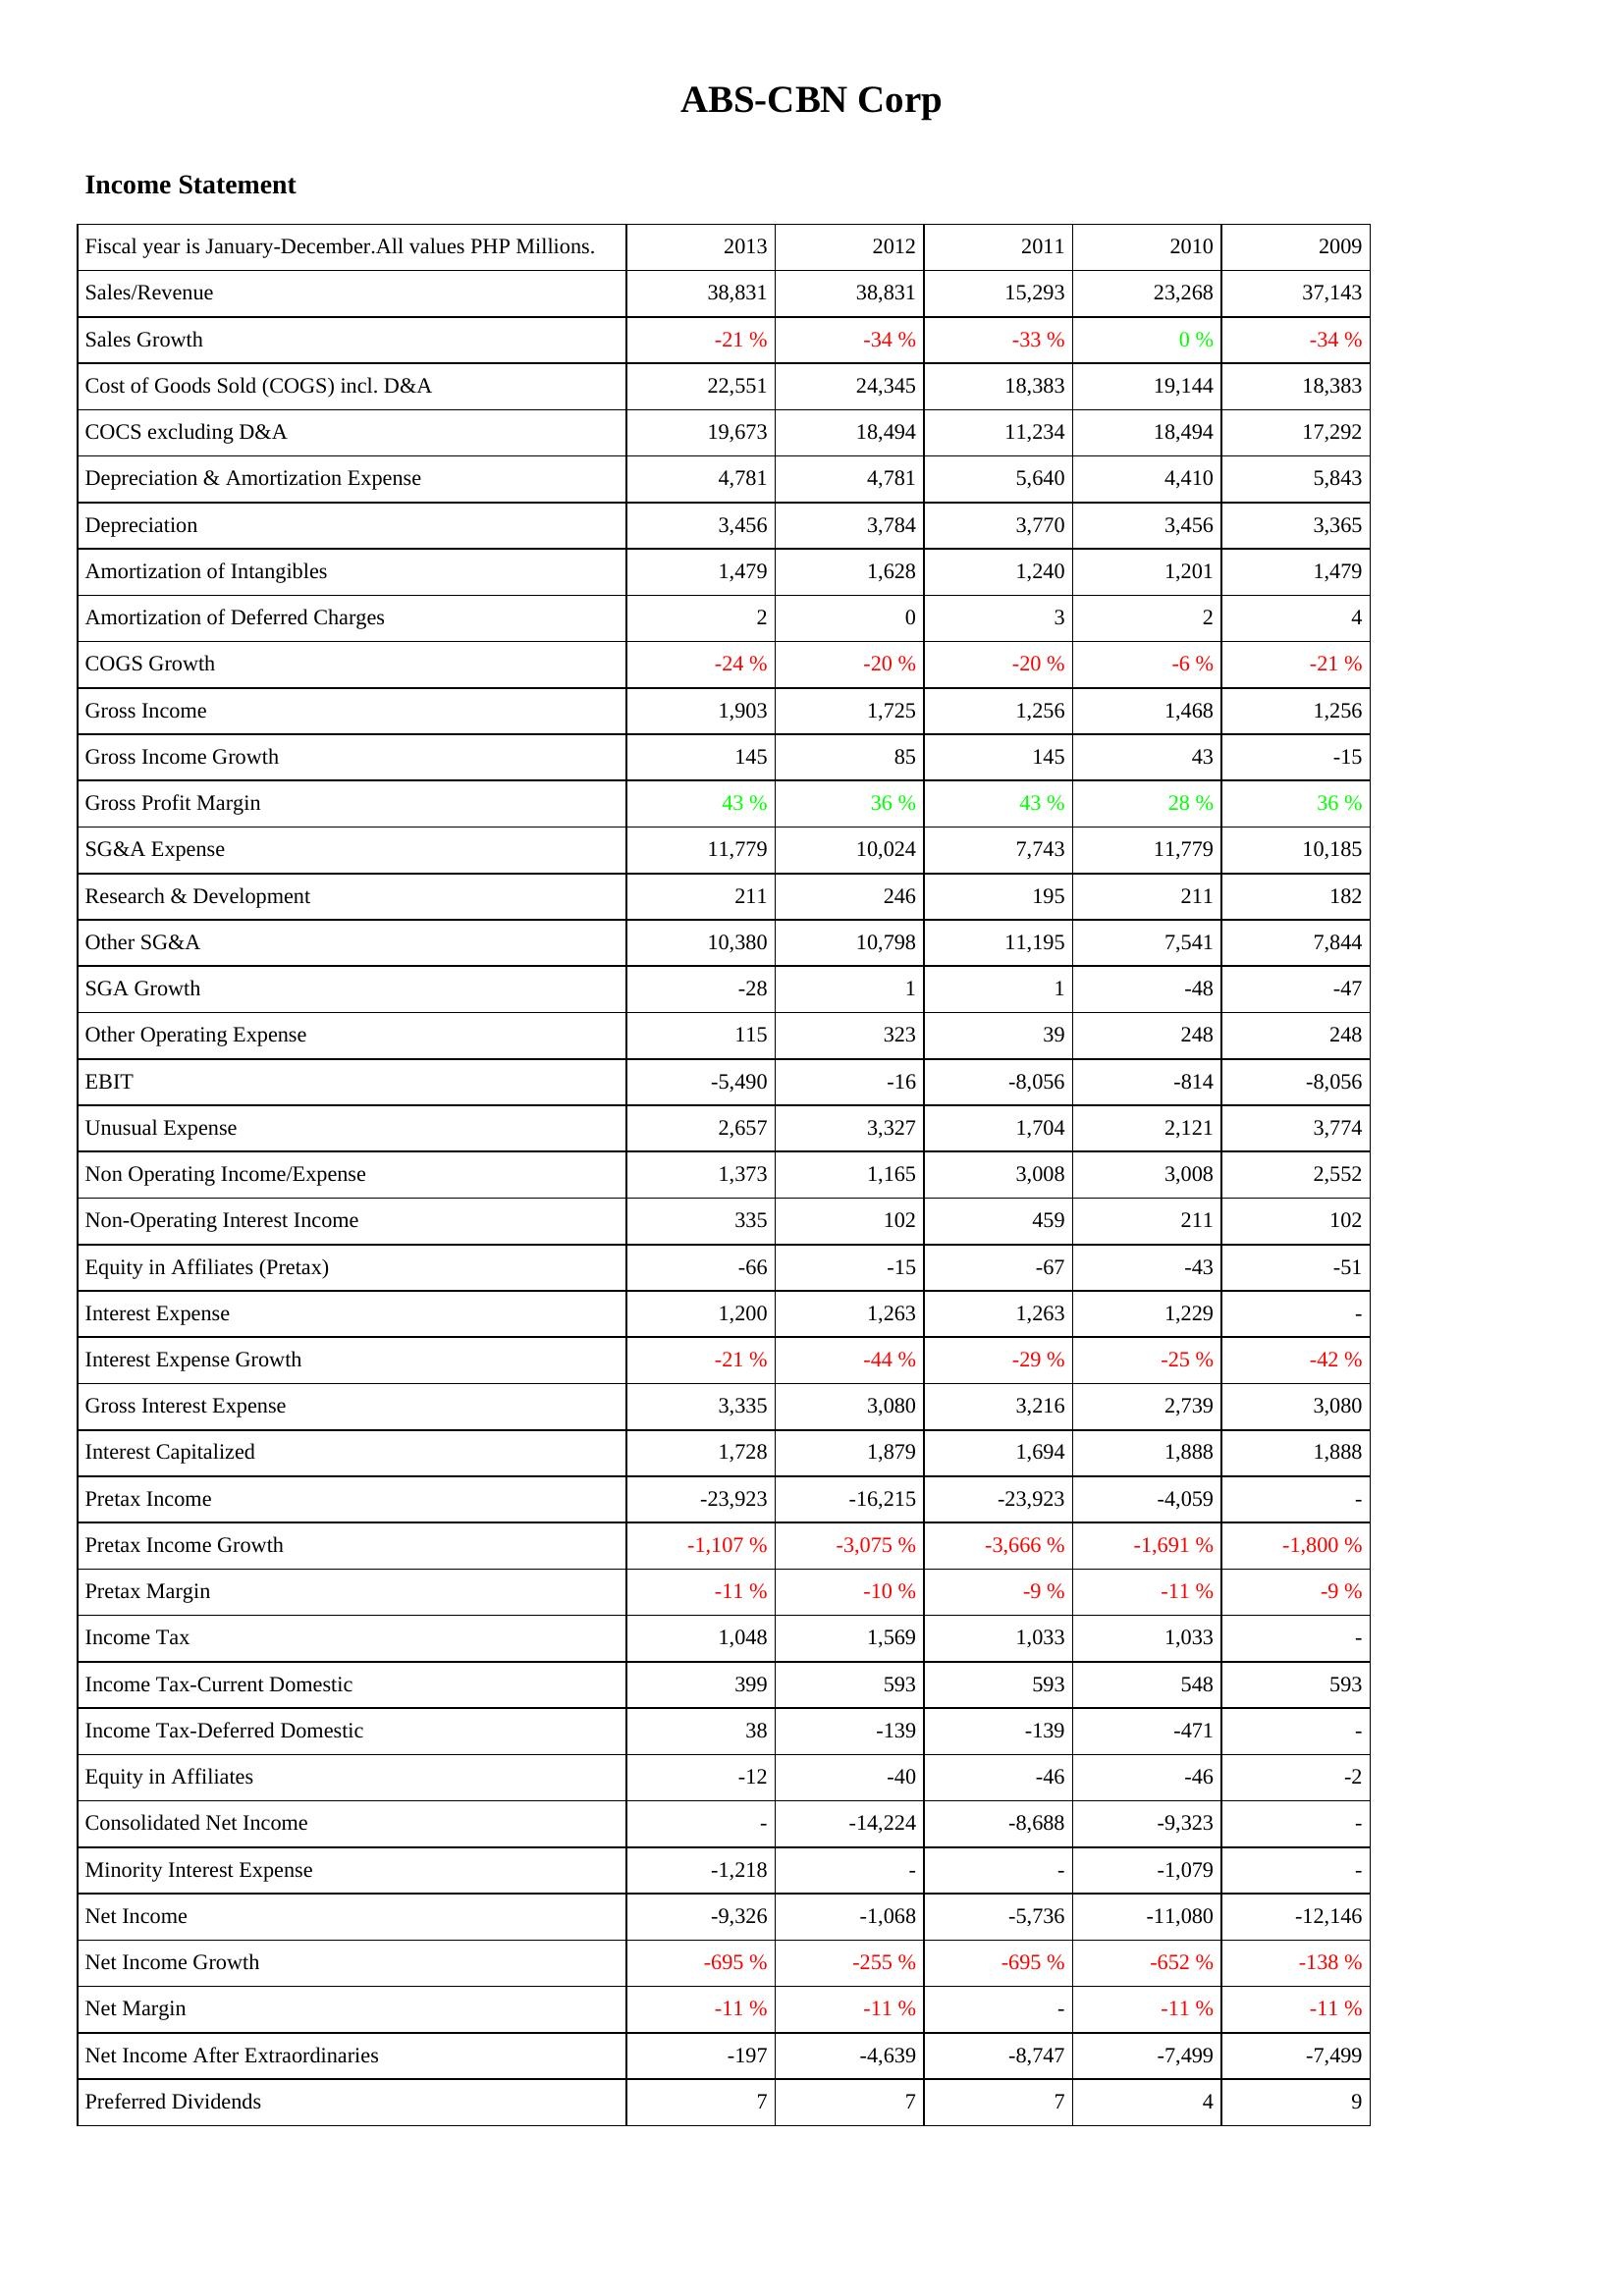
2013: Income Statement: Sales/Revenue: 38,831
Sales Growth: -21 %
Cost of Goods Sold (COGS) incl. D&A: 22,551
COCS excluding D&A: 19,673
Depreciation & Amortization Expense: 4,781
Depreciation: 3,456
Amortization of Intangibles: 1,479
Amortization of Deferred Charges: 2
COGS Growth: -24 %
Gross Income: 1,903
Gross Income Growth: 145
Gross Profit Margin: 43 %
SG&A Expense: 11,779
Research & Development: 211
Other SG&A: 10,380
SGA Growth: -28
Other Operating Expense: 115
EBIT: -5,490
Unusual Expense: 2,657
Non Operating Income/Expense: 1,373
Non-Operating Interest Income: 335
Equity in Affiliates (Pretax): -66
Interest Expense: 1,200
Interest Expense Growth: -21 %
Gross Interest Expense: 3,335
Interest Capitalized: 1,728
Pretax Income: -23,923
Pretax Income Growth: -1,107 %
Pretax Margin: -11 %
Income Tax: 1,048
Income Tax-Current Domestic: 399
Income Tax-Deferred Domestic: 38
Equity in Affiliates: -12
Consolidated Net Income: -
Minority Interest Expense: -1,218
Net Income: -9,326
Net Income Growth: -695 %
Net Margin: -11 %
Net Income After Extraordinaries: -197
Preferred Dividends: 7
2012: Income Statement: Sales/Revenue: 38,831
Sales Growth: -34 %
Cost of Goods Sold (COGS) incl. D&A: 24,345
COCS excluding D&A: 18,494
Depreciation & Amortization Expense: 4,781
Depreciation: 3,784
Amortization of Intangibles: 1,628
Amortization of Deferred Charges: 0
COGS Growth: -20 %
Gross Income: 1,725
Gross Income Growth: 85
Gross Profit Margin: 36 %
SG&A Expense: 10,024
Research & Development: 246
Other SG&A: 10,798
SGA Growth: 1
Other Operating Expense: 323
EBIT: -16
Unusual Expense: 3,327
Non Operating Income/Expense: 1,165
Non-Operating Interest Income: 102
Equity in Affiliates (Pretax): -15
Interest Expense: 1,263
Interest Expense Growth: -44 %
Gross Interest Expense: 3,080
Interest Capitalized: 1,879
Pretax Income: -16,215
Pretax Income Growth: -3,075 %
Pretax Margin: -10 %
Income Tax: 1,569
Income Tax-Current Domestic: 593
Income Tax-Deferred Domestic: -139
Equity in Affiliates: -40
Consolidated Net Income: -14,224
Minority Interest Expense: -
Net Income: -1,068
Net Income Growth: -255 %
Net Margin: -11 %
Net Income After Extraordinaries: -4,639
Preferred Dividends: 7
2011: Income Statement: Sales/Revenue: 15,293
Sales Growth: -33 %
Cost of Goods Sold (COGS) incl. D&A: 18,383
COCS excluding D&A: 11,234
Depreciation & Amortization Expense: 5,640
Depreciation: 3,770
Amortization of Intangibles: 1,240
Amortization of Deferred Charges: 3
COGS Growth: -20 %
Gross Income: 1,256
Gross Income Growth: 145
Gross Profit Margin: 43 %
SG&A Expense: 7,743
Research & Development: 195
Other SG&A: 11,195
SGA Growth: 1
Other Operating Expense: 39
EBIT: -8,056
Unusual Expense: 1,704
Non Operating Income/Expense: 3,008
Non-Operating Interest Income: 459
Equity in Affiliates (Pretax): -67
Interest Expense: 1,263
Interest Expense Growth: -29 %
Gross Interest Expense: 3,216
Interest Capitalized: 1,694
Pretax Income: -23,923
Pretax Income Growth: -3,666 %
Pretax Margin: -9 %
Income Tax: 1,033
Income Tax-Current Domestic: 593
Income Tax-Deferred Domestic: -139
Equity in Affiliates: -46
Consolidated Net Income: -8,688
Minority Interest Expense: -
Net Income: -5,736
Net Income Growth: -695 %
Net Margin: -
Net Income After Extraordinaries: -8,747
Preferred Dividends: 7
2010: Income Statement: Sales/Revenue: 23,268
Sales Growth: 0 %
Cost of Goods Sold (COGS) incl. D&A: 19,144
COCS excluding D&A: 18,494
Depreciation & Amortization Expense: 4,410
Depreciation: 3,456
Amortization of Intangibles: 1,201
Amortization of Deferred Charges: 2
COGS Growth: -6 %
Gross Income: 1,468
Gross Income Growth: 43
Gross Profit Margin: 28 %
SG&A Expense: 11,779
Research & Development: 211
Other SG&A: 7,541
SGA Growth: -48
Other Operating Expense: 248
EBIT: -814
Unusual Expense: 2,121
Non Operating Income/Expense: 3,008
Non-Operating Interest Income: 211
Equity in Affiliates (Pretax): -43
Interest Expense: 1,229
Interest Expense Growth: -25 %
Gross Interest Expense: 2,739
Interest Capitalized: 1,888
Pretax Income: -4,059
Pretax Income Growth: -1,691 %
Pretax Margin: -11 %
Income Tax: 1,033
Income Tax-Current Domestic: 548
Income Tax-Deferred Domestic: -471
Equity in Affiliates: -46
Consolidated Net Income: -9,323
Minority Interest Expense: -1,079
Net Income: -11,080
Net Income Growth: -652 %
Net Margin: -11 %
Net Income After Extraordinaries: -7,499
Preferred Dividends: 4
2009: Income Statement: Sales/Revenue: 37,143
Sales Growth: -34 %
Cost of Goods Sold (COGS) incl. D&A: 18,383
COCS excluding D&A: 17,292
Depreciation & Amortization Expense: 5,843
Depreciation: 3,365
Amortization of Intangibles: 1,479
Amortization of Deferred Charges: 4
COGS Growth: -21 %
Gross Income: 1,256
Gross Income Growth: -15
Gross Profit Margin: 36 %
SG&A Expense: 10,185
Research & Development: 182
Other SG&A: 7,844
SGA Growth: -47
Other Operating Expense: 248
EBIT: -8,056
Unusual Expense: 3,774
Non Operating Income/Expense: 2,552
Non-Operating Interest Income: 102
Equity in Affiliates (Pretax): -51
Interest Expense: -
Interest Expense Growth: -42 %
Gross Interest Expense: 3,080
Interest Capitalized: 1,888
Pretax Income: -
Pretax Income Growth: -1,800 %
Pretax Margin: -9 %
Income Tax: -
Income Tax-Current Domestic: 593
Income Tax-Deferred Domestic: -
Equity in Affiliates: -2
Consolidated Net Income: -
Minority Interest Expense: -
Net Income: -12,146
Net Income Growth: -138 %
Net Margin: -11 %
Net Income After Extraordinaries: -7,499
Preferred Dividends: 9